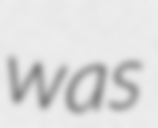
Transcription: was